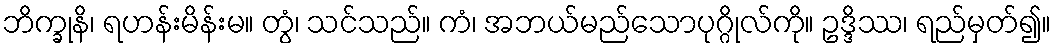
ဘိက္ခုနိ၊ ရဟန်းမိန်းမ။ တွံ၊ သင်သည်။ ကံ၊ အဘယ်မည်သောပုဂ္ဂိုလ်ကို။ ဥဒ္ဒိဿ၊ ရည်မှတ်၍။